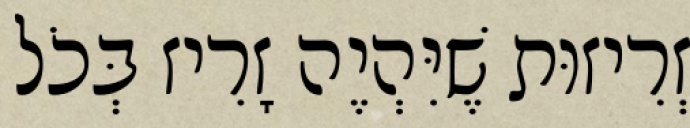
זְרִיזוּת שֶׁיִּהְיֶה זָרִיז בְּכֹל